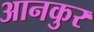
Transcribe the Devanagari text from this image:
आनकुर